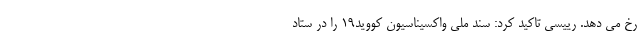
رخ می دهد. رییسی تاکید کرد: سند ملی واکسیناسیون کووید۱۹ را در ستاد